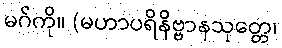
မဂ်ကို။ (မဟာပရိနိဗ္ဗာနသုတ္တေ၊